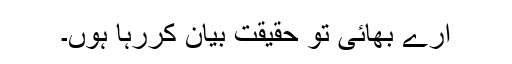
ارے بھائی تو حقیقت بیان کررہا ہوں۔